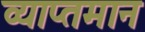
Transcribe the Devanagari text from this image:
व्याप्तमान